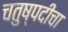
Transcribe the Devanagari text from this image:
चतुष्पदीचा